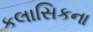
કલાસિકના